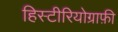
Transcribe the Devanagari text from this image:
हिस्टीरियोग्राफ़ी